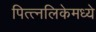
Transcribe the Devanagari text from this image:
पित्त्नलिकेमध्ये